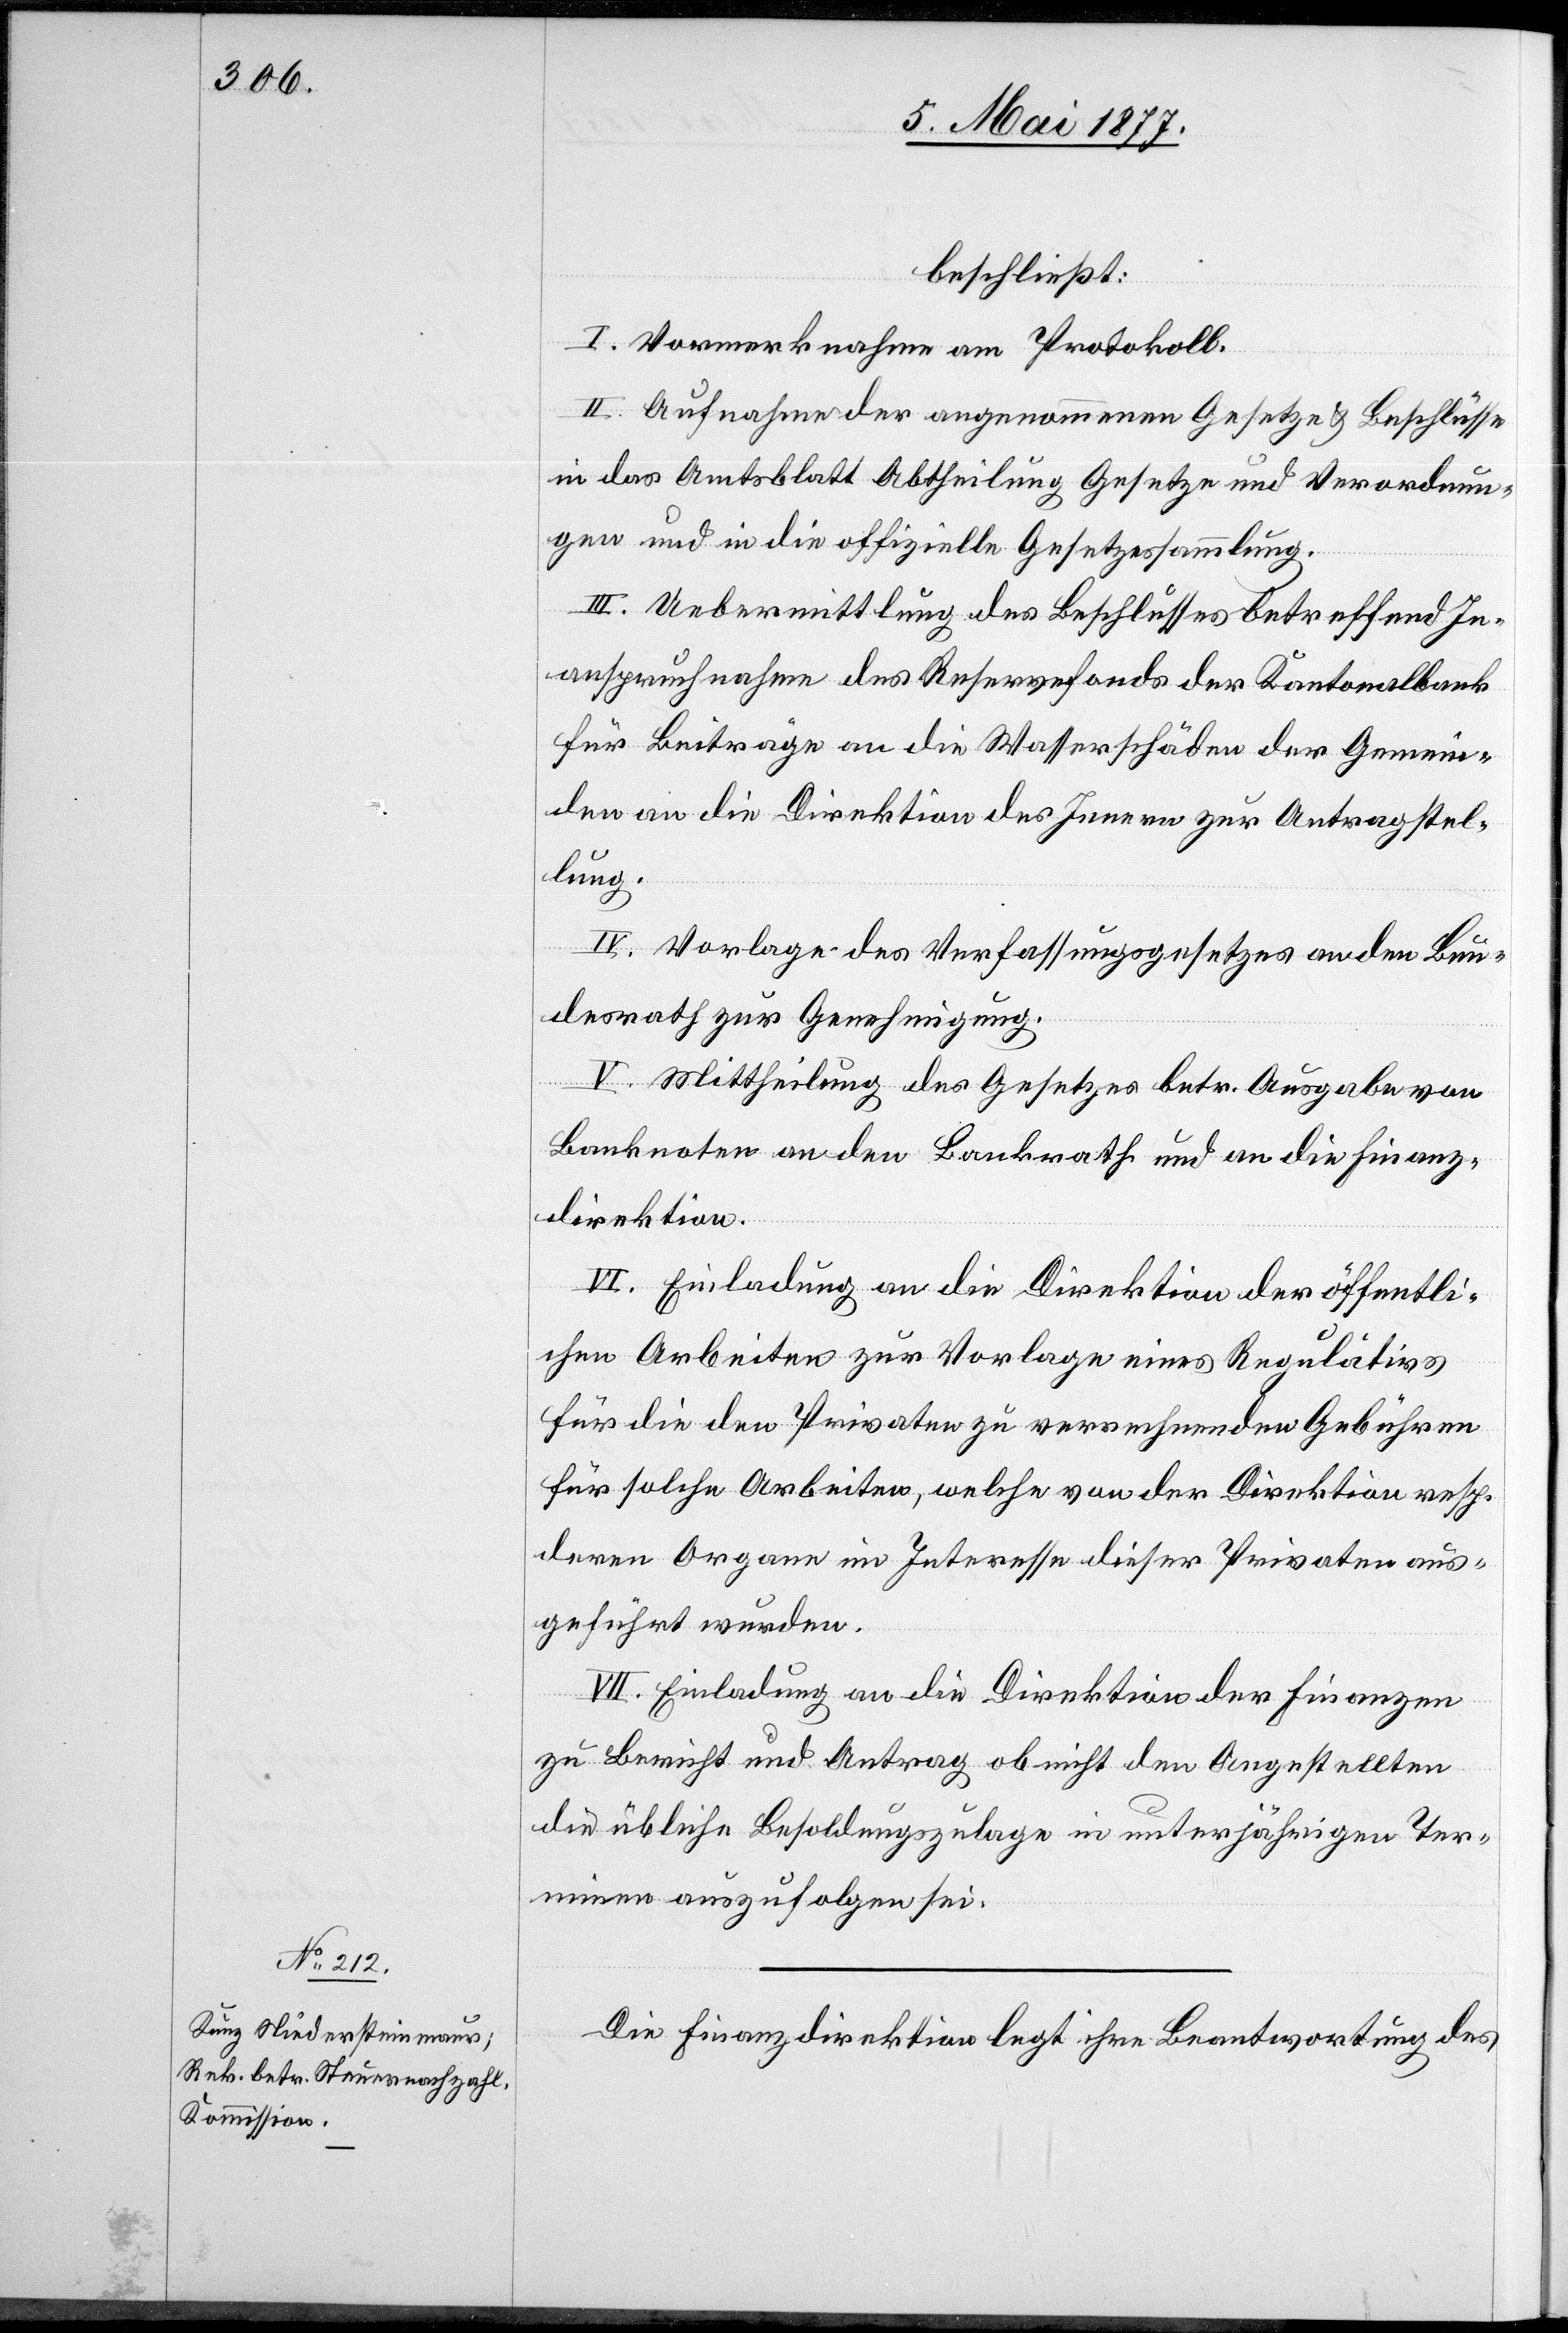
beschließt:
I. Vormerknahme am Protokoll.
II. Aufnahme der angenommenen Gesetze & Beschlüsse
in das Amtsblatt Abtheilung Gesetze und Verordnun¬
gen und in die offizielle Gesetzessammlung.
III. Uebermittlung des Beschlusses betreffend In¬
anspruchnahme des Reservefonds der Kantonalbank
für Beiträge an die Wasserschäden der Gemein¬
den an die Direktion des Innern zur Antragstel¬
lung.
IV. Vorlage des Verfassungsgesetzes an den Bun¬
desrath zur Genehmigung.
V. Mittheilung des Gesetzes betr. Ausgabe von
Banknoten an den Bankrath und an die Finanz¬
direktion.
VI. Einladung an die Direktion der öffentli¬
chen Arbeiten zur Vorlage eines Regulativs
für die den Privaten zu verrechnenden Gebühren
für solche Arbeiten, welche von der Direktion resp.
deren Organe im Interesse dieser Privaten aus¬
geführt wurden.
VII. Einladung an die Direktion der Finanzen
zu Bericht und Antrag ob nicht den Angestellten
die übliche Besoldungszulage in unterjährigen Ter¬
minen auszufolgen sei.
Die Finanzdirektion legt ihre Beantwortung des